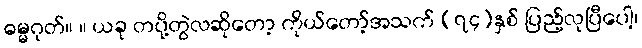
ဓမ္မဂုတ်။ ။ ယခု တပို့တွဲလဆိုတော့ ကိုယ်တော့်အသက် (၇၄)နှစ် ပြည့်လုပြီပေါ့၊